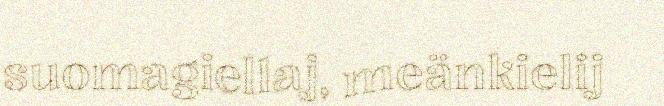
suomagiellaj, meänkielij